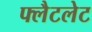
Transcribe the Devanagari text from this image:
फ्लैटलेट